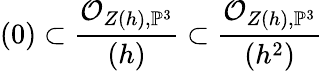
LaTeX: (0)\subset{\frac{{\mathcal{O}}_{Z(h),\mathbb{P}^{3}}}{(h)}}\subset{\frac{{\mathcal{O}}_{Z(h),\mathbb{P}^{3}}}{(h^{2})}}